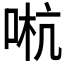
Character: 𠵉